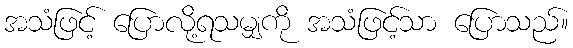
အသံဖြင့် ပြောလို့ရသမျှကို အသံဖြင့်သာ ပြောသည်။